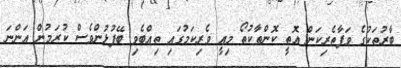
ބާރުތަކުގެ ވަފާތެރިކަން އޮތީ ކޮންތާކުތޯ މިއީ ވެރިކަމުގައި ތިއްބެވި ބޭފުޅުންވެސް ކުރަމުން އަންނަ